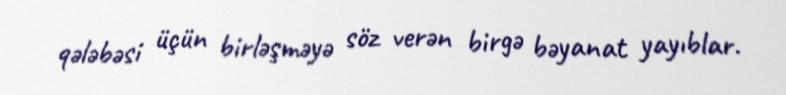
qələbəsi üçün birləşməyə söz verən birgə bəyanat yayıblar.